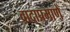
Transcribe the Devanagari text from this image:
वादाप्रमाणें